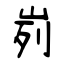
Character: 峛